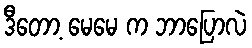
ဒီတော့ မေမေ က ဘာပြောလဲ